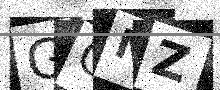
Text: GGNZ